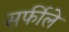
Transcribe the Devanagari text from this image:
सर्फीले